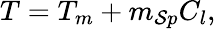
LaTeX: T=T_{m}+m_{\mathcal{S}p}C_{l},